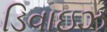
ડિવાઇઝ